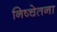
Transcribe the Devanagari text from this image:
निष्चेतना